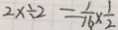
2 x \div 2 = \frac { 1 } { 1 6 } \times \frac { 1 } { 2 }